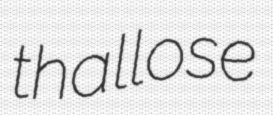
thallose